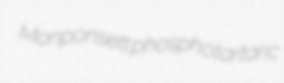
Monponsett phosphotartaric